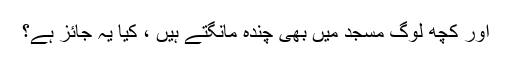
اور کچھ لوگ مسجد میں بھی چندہ مانگتے ہیں ، کیا یہ جائز ہے؟